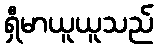
ရှီမာယူယူသည်